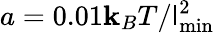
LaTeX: a=0.01\mathbf{k}_{B}T/\mathsf{l}_{\mathrm{{min}}}^{2}